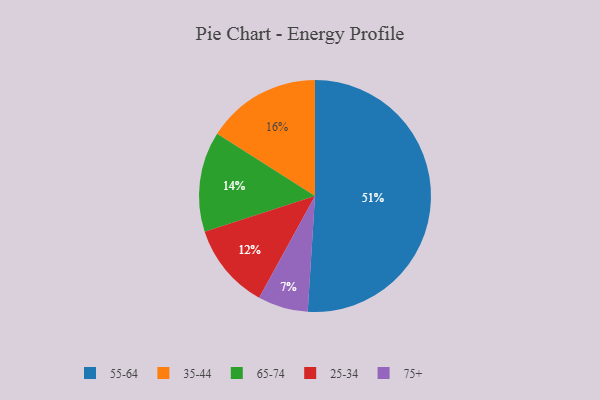
{"axis": {"x": "Category", "y": "Percentage"}, "legend": ["25-34", "35-44", "55-64", "65-74", "75+"], "data": [{"x": "55-64", "y": 51, "type": "55-64"}, {"x": "75+", "y": 7, "type": "75+"}, {"x": "25-34", "y": 12, "type": "25-34"}, {"x": "65-74", "y": 14, "type": "65-74"}, {"x": "35-44", "y": 16, "type": "35-44"}]}